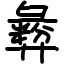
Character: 彜